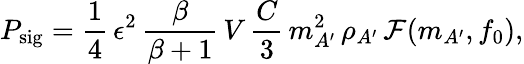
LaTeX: P_{\mathrm{sig}}=\frac{1}{4}\, \epsilon^{2}\, \frac{\beta}{\beta+1}\, V\, \frac{C}{3}\, m_{A^{\prime}}^{2}\, \rho_{A^{\prime}}\, \mathcal{F}(m_{A^{\prime}},f_{0}),